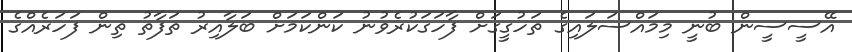
އޭސީސީން ބުނީ މިމައްސަލައިގެ ތަހުގީގަށް ފާހަގަކުރެވުނު ކަންކަމަށް ބަލާއިރު ތަފާތު ތިން ފަހަރެއްގެ